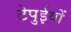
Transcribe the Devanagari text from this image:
टेपुईयों